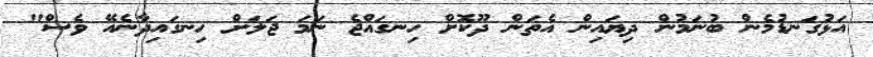
އަޅުގަނޑުމެން ބުނަމުން ދިޔައިން އެތަން ދޫކޮށް ހިނގައްޖެ ނަމަ ޖަލަށް ހިނގައިދާނެއޭ ވެސް"